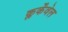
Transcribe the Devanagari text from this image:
क्लर्केंवेल